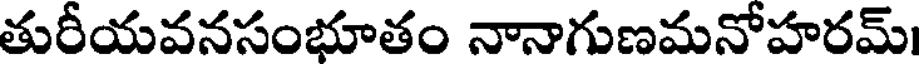
తురీయవనసంభూతం నానాగుణమనోహరమ్।